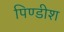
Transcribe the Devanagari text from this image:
पिण्डीश